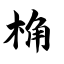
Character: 桷